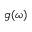
g ( \omega )